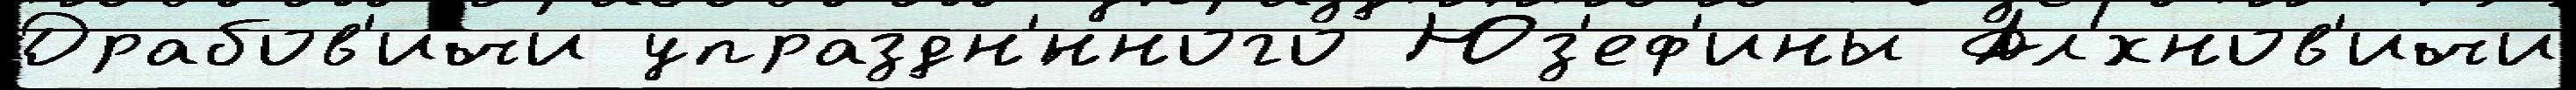
Драбов'ичи упраздн'́нного Юз'еф'ины Ал'́хнов'ичи